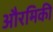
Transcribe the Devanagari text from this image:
औरमिकी